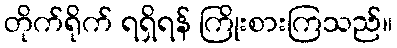
တိုက်ရိုက် ရရှိရန် ကြိုးစားကြသည်။